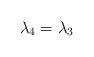
LaTeX: \begin{align*}\lambda _{4}=\lambda _{3}\end{align*}